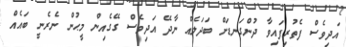
އަދިވެސް ފެތުރިފައިވާ ދުންގަނޑަށް ބަދަލެއް ނާދޭ އަދިވެސް ގޭގެއިން މީޙުން ނެރެނީ ބައެއް